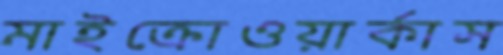
মাইক্রোওয়ার্কাস